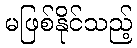
မဖြစ်နိုင်သည့်